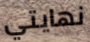
نهايتي